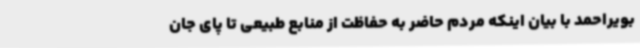
بویراحمد با بیان اینکه مردم حاضر به حفاظت از منابع طبیعی تا پای جان